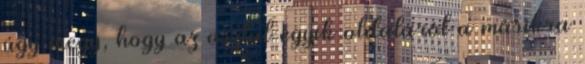
úgy megy, hogy az asztal egyik oldaláról a másikra